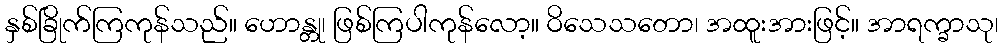
နှစ်ခြိုက်ကြကုန်သည်။ ဟောန္တု၊ ဖြစ်ကြပါကုန်လော့။ ဝိသေသတော၊ အထူးအားဖြင့်။ အာရက္ခာသု၊